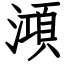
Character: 澒